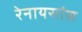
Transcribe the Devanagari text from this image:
रेनायसांस